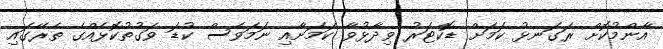
އާންމުކޮށް ރަގަނޅު ކަމަށް ޑޮކްޓަރު ވިދާޅުވާ ކަމަށާއި ނަމަވެސް ކުޑަ ވަގުތުކޮޅެއްގެ ތެރޭގައި